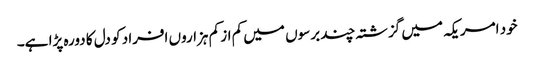
خود امریکہ میں گزشتہ چند برسوں میں کم از کم ہزاروں افراد کو دل کا دورہ پڑا ہے۔